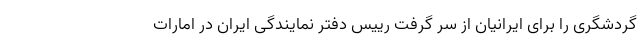
گردشگری را برای ایرانیان از سر گرفت رییس دفتر نمایندگی ایران در امارات